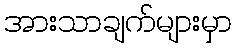
အားသာချက်များမှာ